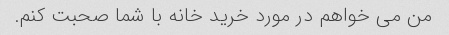
من می خواهم در مورد خرید خانه با شما صحبت کنم.